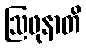
ဩဖုနာတိ